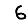
Digit: 6